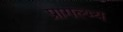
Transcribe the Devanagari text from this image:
प्रागल्भ्य